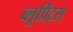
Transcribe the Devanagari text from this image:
ब्लूप्रिंट्स